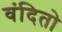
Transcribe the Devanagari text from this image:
वंदितो